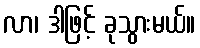
လာ၊ ဒါဖြင့် ခုသွားမယ်။